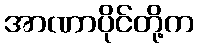
အာဏာပိုင်တို့က